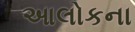
આલોકના